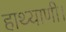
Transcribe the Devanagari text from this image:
हाथ्याणी।